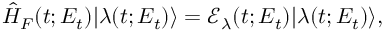
\hat { H } _ { F } ( t ; E _ { t } ) | \lambda ( t ; E _ { t } ) \rangle = \mathcal { E } _ { \lambda } ( t ; E _ { t } ) | \lambda ( t ; E _ { t } ) \rangle ,